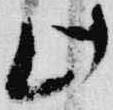
此